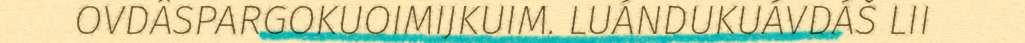
OVDÂSPARGOKUOIMIJKUIM. LUÁNDUKUÁVDÁŠ LII